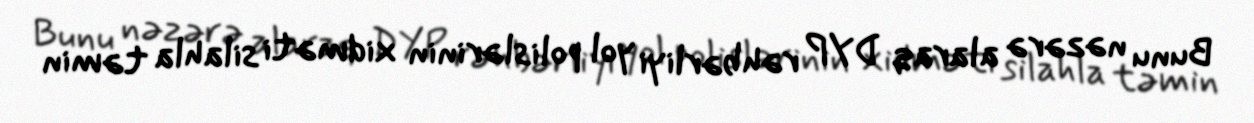
Bunu nəzərə alaraq DYP rəhbərliyi yol polislərinin xidməti silahla təmin